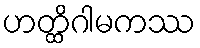
ဟတ္ထိဂါမကဿ